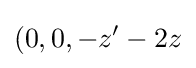
(0,0,-z'-2z